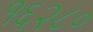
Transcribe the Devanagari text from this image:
१६२८०